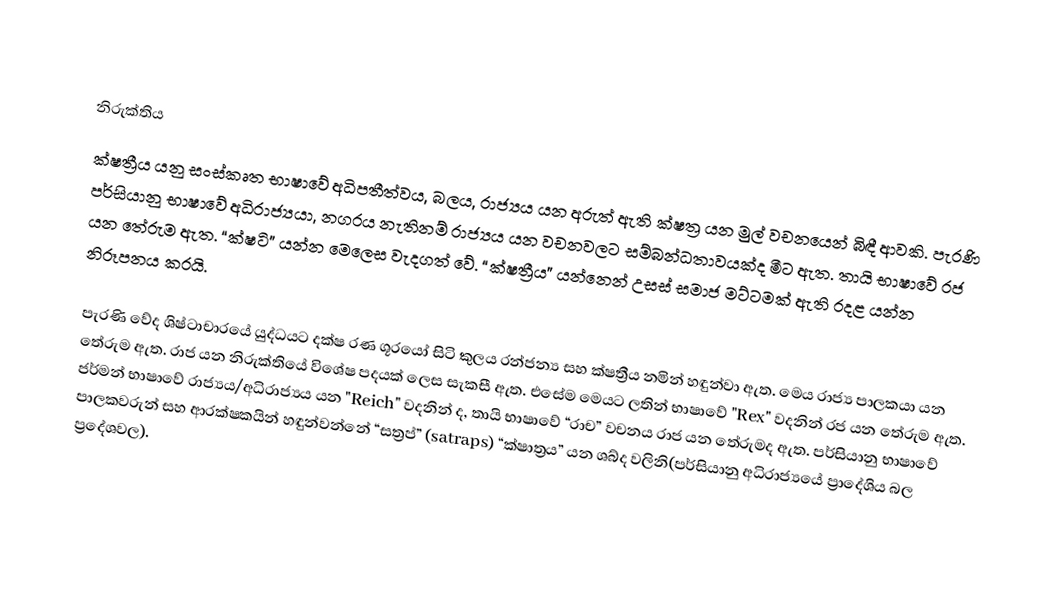

නිරුක්තිය
ක්ෂත්‍රීය යනු සංස්කෘත භාෂාවේ අධිපතීත්වය, බලය, රාජ්‍යය යන අරුත් ඇති ක්ෂත්‍ර යන මුල් වචනයෙන් බිඳී ආවකි. පැරණි පර්සියානු භාෂාවේ අධිරාජ්‍යයා, නගරය නැතිනම් රාජ්‍යය යන වචනවලට සම්බන්ධතාවයක්ද මීට ඇත. තායි භාෂාවේ රජ යන තේරුම ඇත. “ක්ෂටි” යන්න මෙලෙස වැදගත් වේ. “ක්ෂත්‍රීය” යන්නෙන් උසස් සමාජ මට්ටමක් ඇති රදළ යන්න නිරූපනය කරයි.

පැරණි වේද ශිෂ්ටාචාරයේ යුද්ධයට දක්ෂ රණ ශූරයෝ සිටි කුලය රන්ජන්‍ය සහ ක්ෂත්‍රීය නමින් හඳුන්වා ඇත. මෙය රාජ්‍ය පාලකයා යන තේරුම ඇත. රාජ යන නිරුක්තියේ විශේෂ පදයක් ලෙස සැකසී ඇත. එසේම මෙයට ලතින් භාෂාවේ "Rex" වදනින් රජ යන තේරුම ඇත. ජර්මන් භාෂාවේ රාජ්‍යය/අධිරාජ්‍යය යන "Reich" වදනින් ද, තායි භාෂාවේ “රාච” වචනය රාජ යන තේරුමද ඇත. පර්සියානු භාෂාවේ පාලකවරුන් සහ ආරක්ෂකයින් හඳුන්වන්නේ “සත්‍රප්” (satraps) “ක්ෂාත්‍රය” යන ශබ්ද වලිනි(පර්සියානු අධිරාජ්‍යයේ ප්‍රාදේශිය බල ප්‍රදේශවල).